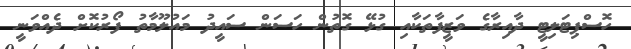
ހޮސްޕިޓަލިޓީ ދާއިރާގެ ވަޒީފާތަކާއި ގުޅޭ ގޮތުން ހަސަން ސައީދު މައުލޫމާތު ފޯރުކޮށް ދެއްވަނީ